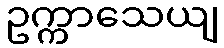
ဥက္ကာသေယျ